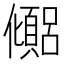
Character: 𫤉